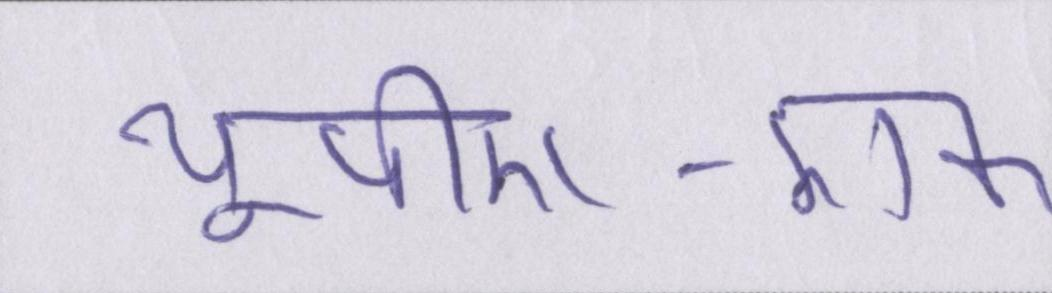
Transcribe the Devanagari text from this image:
यूपीए-एक